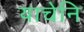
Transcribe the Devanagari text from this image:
याचेनि